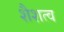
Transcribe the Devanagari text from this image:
शैशत्व